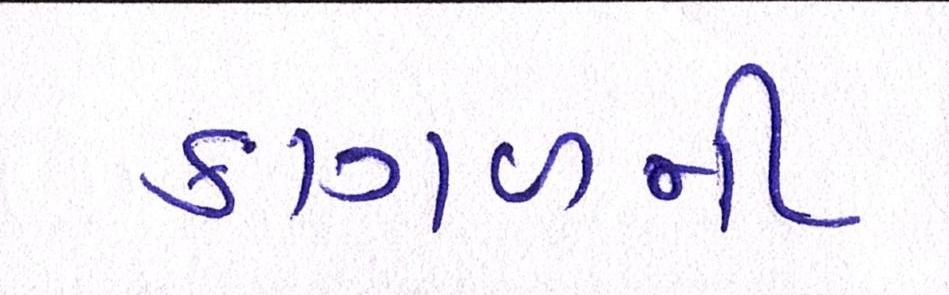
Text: કાગળની